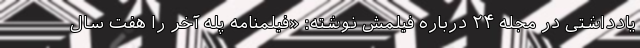
یادداشتی در مجله ۲۴ درباره فیلمش نوشته: «فیلمنامه پله آخر را هفت سال